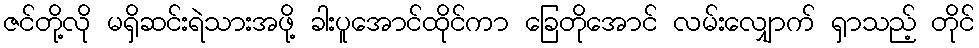
ဇင်တို့လို မရှိဆင်းရဲသားအဖို့ ခါးပူအောင်ထိုင်ကာ ခြေတိုအောင် လမ်းလျှောက် ရှာသည့် တိုင်